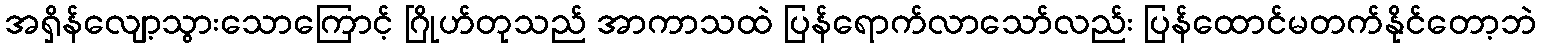
အရှိန်လျော့သွားသောကြောင့် ဂြိုဟ်တုသည် အာကာသထဲ ပြန်ရောက်လာသော်လည်း ပြန်ထောင်မတက်နိုင်တော့ဘဲ